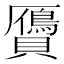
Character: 贗